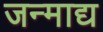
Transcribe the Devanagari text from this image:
जन्माद्य